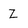
Character: Z